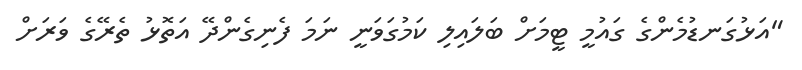
"އަޅުގަނޑުމެންގެ ގައުމީ ޓީމަށް ބަލައިލި ކަމުގަވަނީ ނަމަ ފެނިގެންދޭ އަތޮޅު ތެރޭގެ ވަރަށް